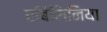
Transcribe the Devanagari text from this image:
एबिसिनिया